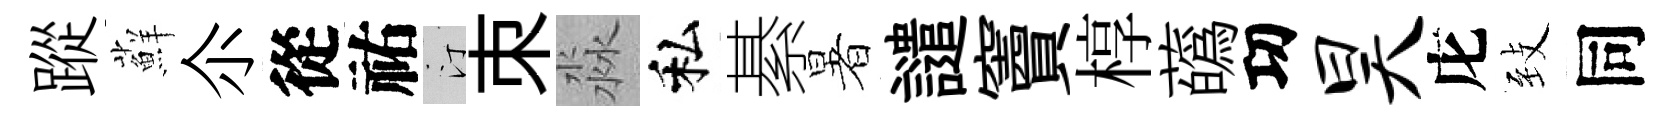
蹤蘚尒從祐汀朿淼私綦暑譴竇椁蘤㓛昊庀𦤺同